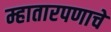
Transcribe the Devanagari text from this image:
म्हातारपणाचे